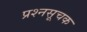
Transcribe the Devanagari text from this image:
प्रश्नसूचक